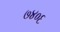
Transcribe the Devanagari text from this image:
७४०६